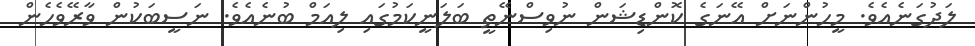
ލަދުގަނެއެވެ. މީހުންނަށް އޭނަގެ ކޮންޑިޝަން ނުވިސްނޭތީ ބަލަނީކަމުގައި ލިއަމް ބުނެއެވެ. ނަސީބަކުން ވާރޭވެހެން